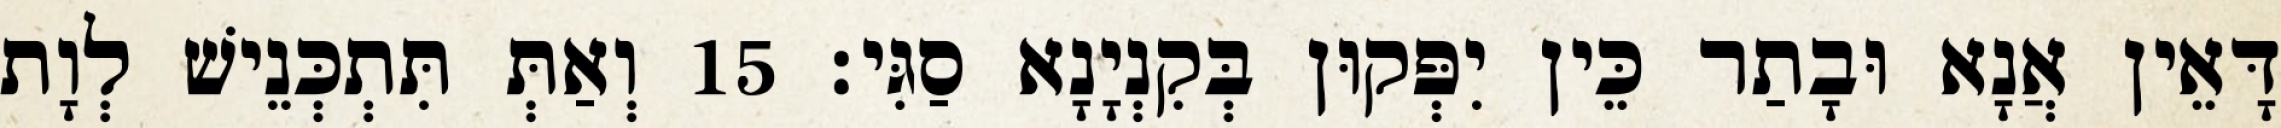
דָּאֵין אֲנָא וּבָתַר כֵּין יִפְּקוּן בְּקִנְיָנָא סַגִּי׃ 15 וְאַתְּ תִּתְכְּנֵישׁ לְוָת